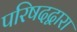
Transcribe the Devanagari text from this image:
परिषदद्वारा